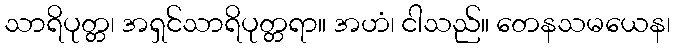
သာရိပုတ္တ၊ အရှင်သာရိပုတ္တရာ။ အဟံ၊ ငါသည်။ တေနသမယေန၊